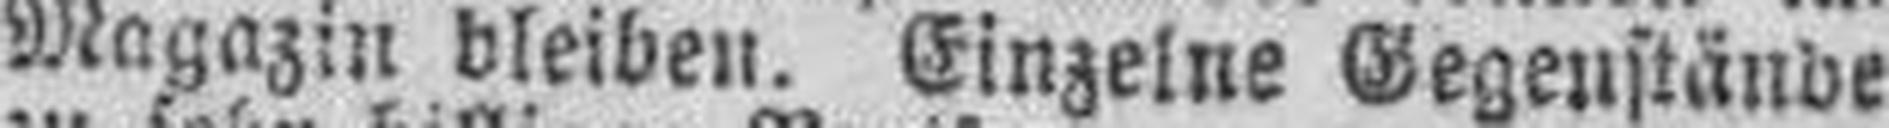
Magazin bleiben. Einzelne Gegenstände